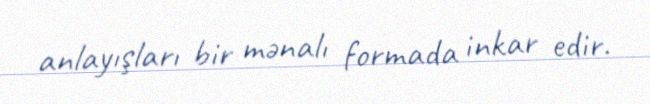
anlayışları bir mənalı formada inkar edir.